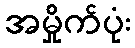
အမှိုက်ပုံး